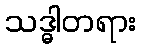
သဒ္ဓါတရား